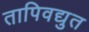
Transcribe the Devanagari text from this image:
तापिवद्युत